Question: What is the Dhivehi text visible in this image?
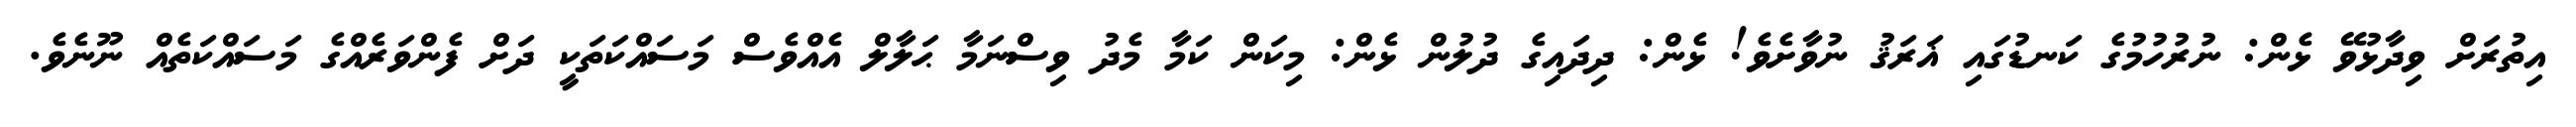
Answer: އިތުރަށް ވިދާޅުވޭ ޅެން: ނުރުހުމުގެ ކަނޑުގައި ޣަރަޤު ނުވާށެވެ! ޅެން: ދިދައިގެ ދުލުން ޅެން: މިކަން ކަމާ މެދު ވިސްނަމާ ޙަލާލް އެއްވެސް މަސައްކަތަކީ ދަށް ފެންވަރެއްގެ މަސައްކަތެއް ނޫނެވެ.